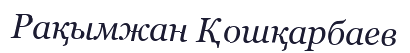
Рақымжан Қошқарбаев